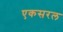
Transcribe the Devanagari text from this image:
एकसरल